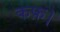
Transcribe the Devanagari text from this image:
कफ़।